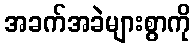
အခက်အခဲများစွာကို